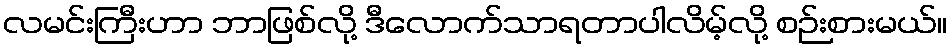
လမင်းကြီးဟာ ဘာဖြစ်လို့ ဒီလောက်သာရတာပါလိမ့်လို့ စဉ်းစားမယ်။